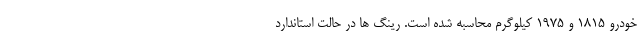
خودرو 1815 و 1975 کیلوگرم محاسبه شده است. رینگ ها در حالت استاندارد